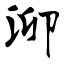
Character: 泖